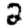
Digit: 2